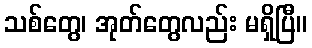
သစ်တွေ၊ အုတ်တွေလည်း မရှိပြီ။